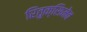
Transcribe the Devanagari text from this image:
रितुक्सिमेब